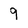
Character: 9